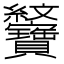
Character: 𦈆